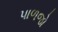
પાળજો